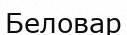
Беловар